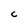
Character: C